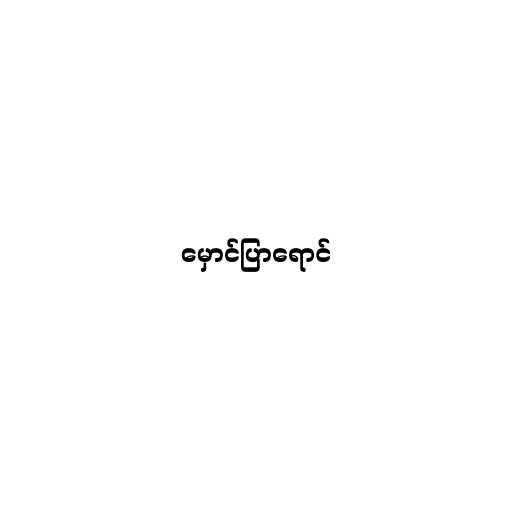
မှောင်ပြာရောင်